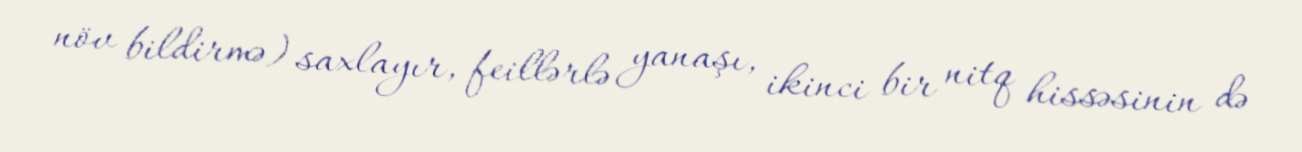
növ bildirmə) saxlayır, feillərlə yanaşı, ikinci bir nitq hissəsinin də